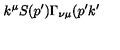
k ^ { \mu } S ( p ^ { \prime } ) \Gamma _ { \nu \mu } ( p ^ { \prime } k ^ { \prime }